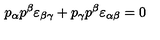
p _ { \alpha } p ^ { \beta } \varepsilon _ { \beta \gamma } + p _ { \gamma } p ^ { \beta } \varepsilon _ { \alpha \beta } = 0